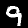
Label: 9